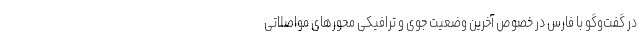
در گفت‌وگو با فارس در خصوص آخرین وضعیت جوی و ترافیکی محورهای مواصلاتی